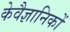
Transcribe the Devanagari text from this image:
केवैज्ञानिकों